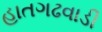
હાતગઢવાડી